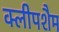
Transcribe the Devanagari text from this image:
क्लीपशैम